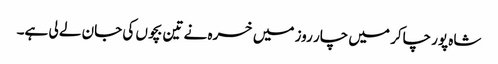
شاہ پور چاکر میں چار روز میں خسرہ نے تین بچوں کی جان لے لی ہے۔